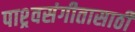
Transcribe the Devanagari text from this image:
पाश्र्वसंगीतासाठी